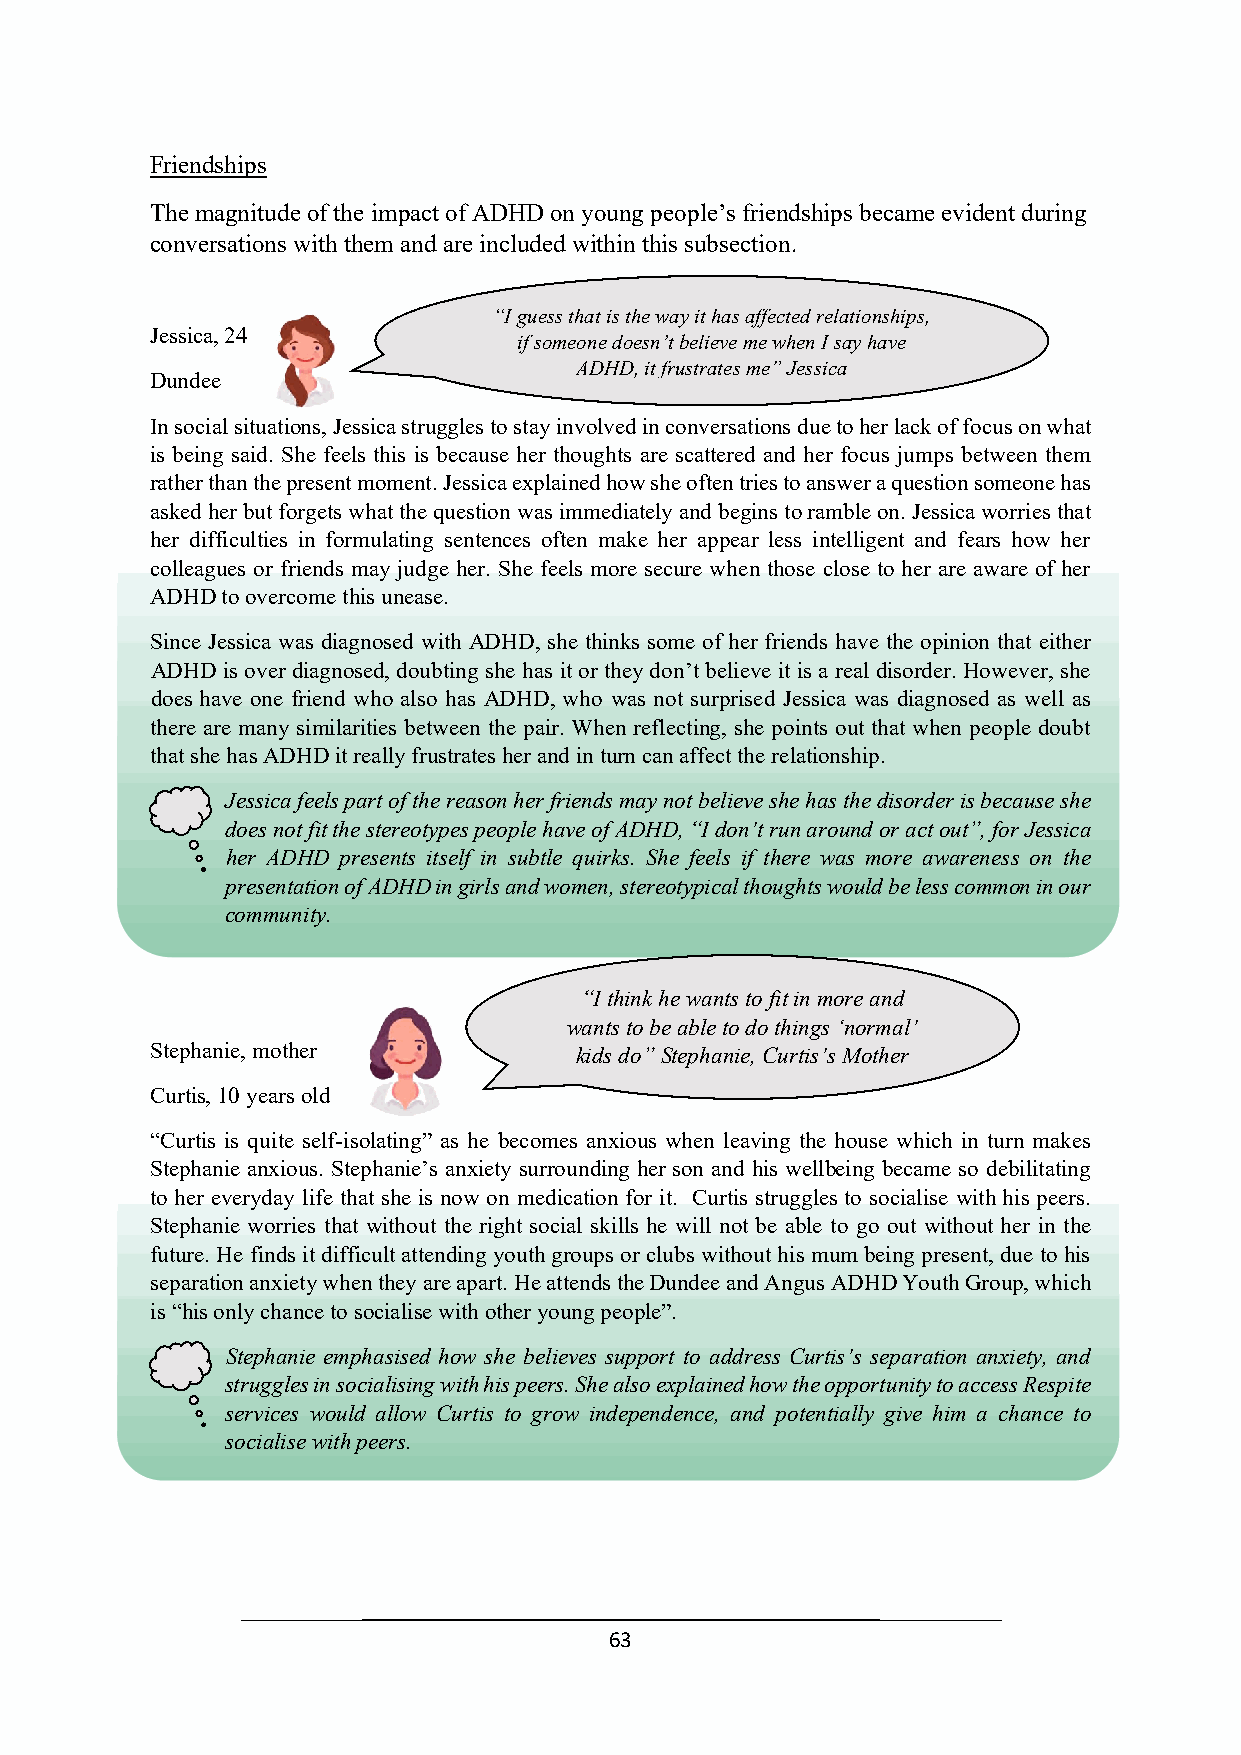
Friendships
 The magnitude of the impact of ADHD on young people’s friendships became evident during
 conversations with them and are included within this subsection.
 “I guess that is the way it has affected relationships,
 Jessica, 24
 if someone doesn’t believe me when I say have
 ADHD, it frustrates me” Jessica
 Dundee
 In social situations, Jessica struggles to stay involved in conversations due to her lack of focus on what
 is being said. She feels this is becau se her thoughts are scattered and her focus jumps between them
 rather than the present moment. Jessica explained how she often tries to answer a question someone has
 “I guess that is the way it has affected relationships,
 asked her but forgets what the question was immediately and begins to ramble on. Jessica worries that
 if someone doesn’t believe me when I say have
 her difficulties in formulating sentences often make her appear less intelligent and fears how her
 ADHD, it frustrates me” Jessica
 colleagues or friends may judge her. She feels more secure when those close to her are aware of her
 ADHD to overcome this unease.
 Since Jessica was diagnosed with ADHD, she thinks some of her friends have the opinion that either
 ADHD is over diagnosed, doubting she has it or they don’t believe it is a real disorder. However, she
 does have one friend who also has ADHD, who was not surprised Jessica was diagnosed as well as
 there are many similarities between the pair. When reflecting, she points out that when people doubt
 that she has ADHD it really frustrates her and in turn can affect the relationship.
 Jessica feels part of the reason her friends may not believe she has the disorder is because she
 does not fit the stereotypes people have of ADHD, “I don’t run around or act out”, for Jessica
 her ADHD presents itself in subtle quirks. She feels if there was more awareness on the
 presentation of ADHD in girls and women, stereotypical thoughts would be less common in our
 community.
 “I think he wants to fit in more and
 wants to be able to do things ‘normal’
 Stephanie, mother           kids do” Stephanie, Curtis’s Mother
 Curtis, 10 years old
 “Curtis is quite self-isolating” as he becomes anxious when leaving the house which in turn makes
 Stephanie anxious. Stephanie’s anxiety surrounding her son and his wellbeing became so debilitating
 to her everyday life that she is now on medica“tiIo tnh ifnokr hite. wCaunrttsis t os tfriut ging lmeso troe saoncdi alise with his peers.
 Stephanie worries that without the right sociawla snktisl ltso hbee wabillle ntoo td boe t haibnlges t ‘on ogrom oault’ without her in the
 future. He finds it difficult attending youth grokuidpss door ”c lSutbesp hwainthieo,u Ct uhristi sm’su mM obtehienrg present, due to his
 separation anxiety when they are apart. He attends the Dundee and Angus ADHD Youth Group, which
 is “his only chance to socialise with other young people”.
 Stephanie emphasised how she believes support to address Curtis’s separation anxiety, and
 struggles in socialising with his peers. She also explained how the opportunity to access Respite
 services would allow Curtis to grow independence, and potentially give him a chance to
 socialise with peers.
 63